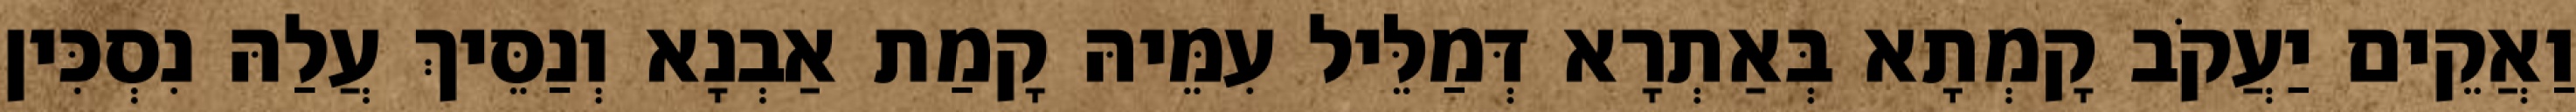
וַאֲקֵים יַעֲקֹב קָמְתָא בְּאַתְרָא דְּמַלֵּיל עִמֵּיהּ קָמַת אַבְנָא וְנַסֵּיךְ עֲלַהּ נִסְכִּין